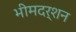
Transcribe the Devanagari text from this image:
भीमदर्शन